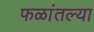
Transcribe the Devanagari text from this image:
फळांतल्या